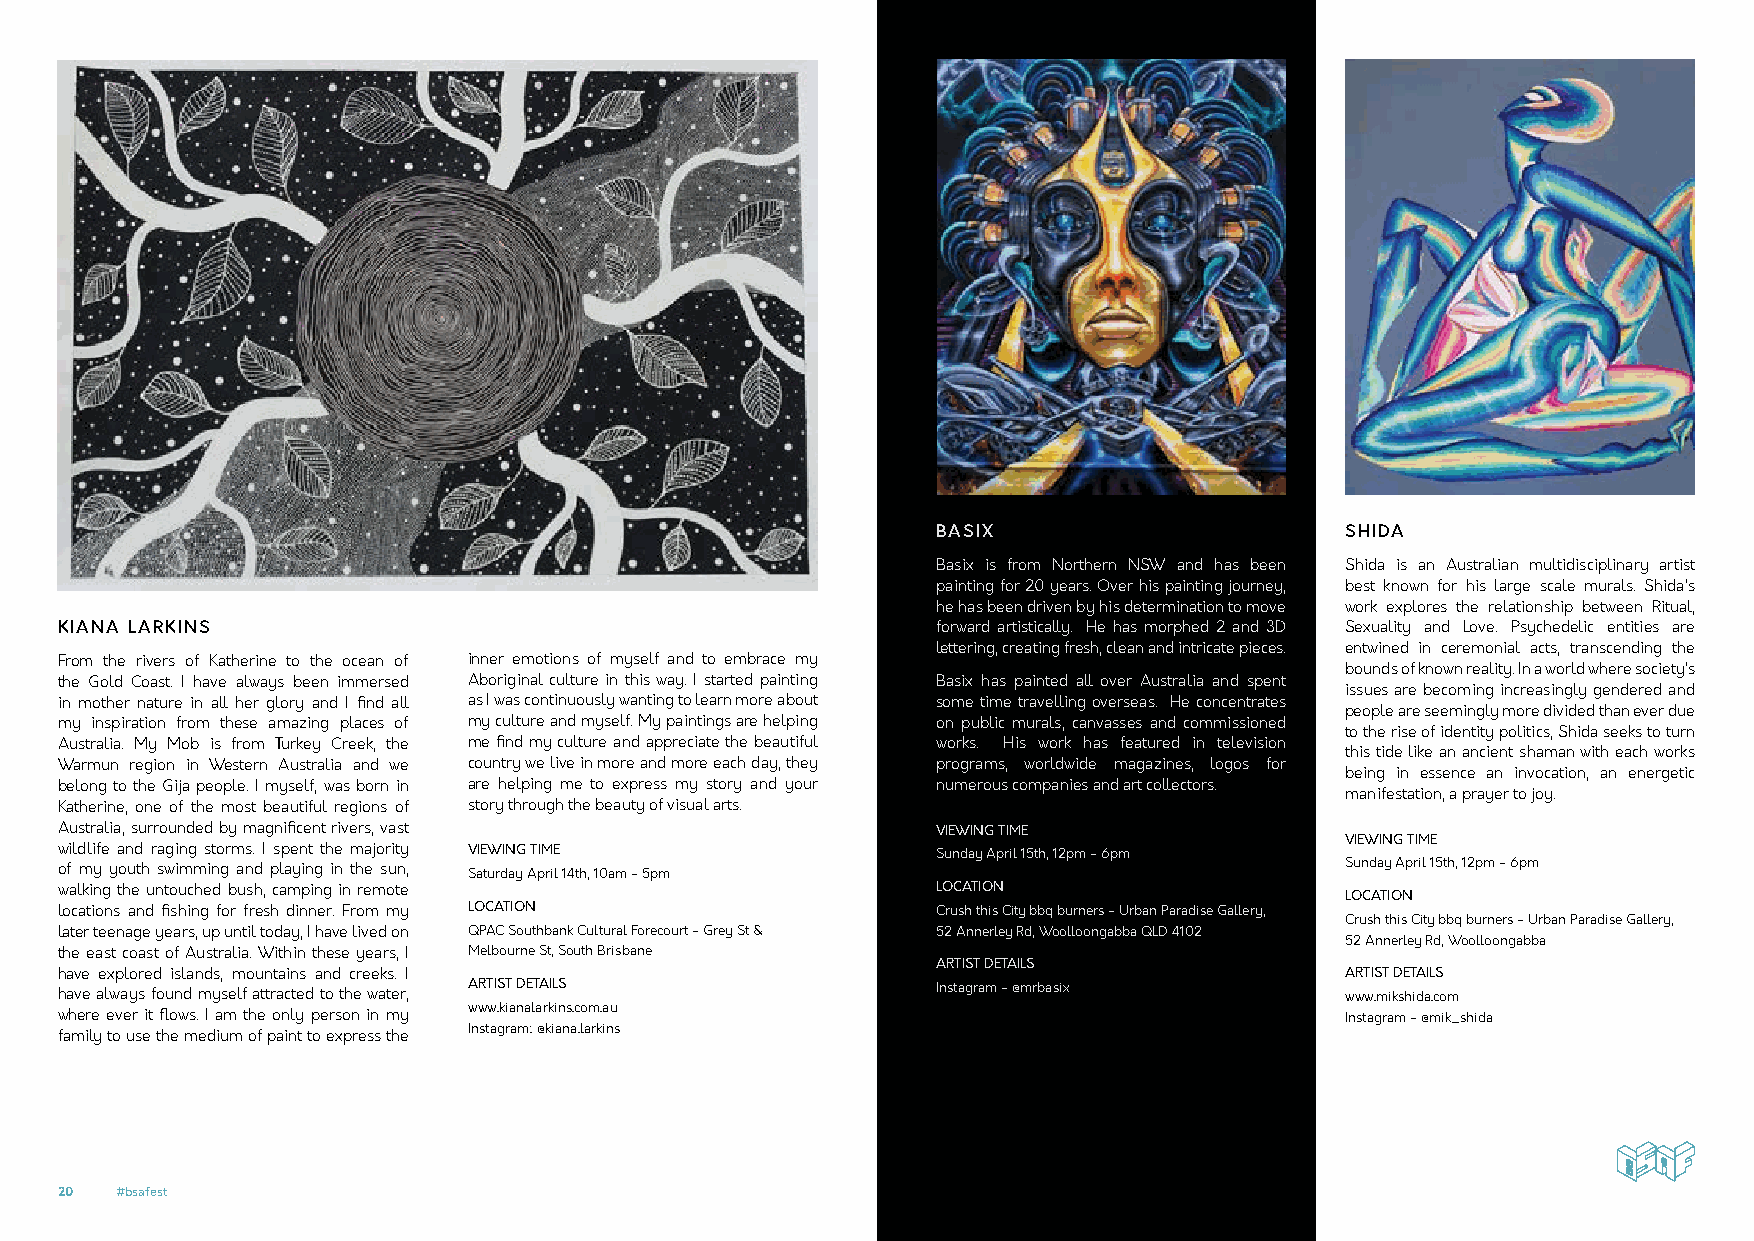
BASIX                      SHIDA
 Basix is from Northern NSW and has been Shida is an Australian multidisciplinary artist
 painting for 20 years. Over his painting journey, best known for his large scale murals. Shida’s
 he has been driven by his determination to move work explores the relationship between Ritual,
 KIANA LARKINS                                             forward artistically. He has morphed 2 and 3D Sexuality and Love. Psychedelic entities are
 lettering, creating fresh, clean and intricate pieces. entwined in ceremonial acts, transcending the
 From the rivers of Katherine to the ocean of inner emotions of myself and to embrace my
 bounds of known reality. In a world where society’s
 the Gold Coast. I have always been immersed Aboriginal culture in this way. I started painting Basix has painted all over Australia and spent
 issues are becoming increasingly gendered and
 in mother nature in all her glory and I find all as I was continuously wanting to learn more about some time travelling overseas. He concentrates
 people are seemingly more divided than ever due
 my inspiration from these amazing places of my culture and myself. My paintings are helping on public murals, canvasses and commissioned
 to the rise of identity politics, Shida seeks to turn
 Australia. My Mob is from Turkey Creek, the me find my culture and appreciate the beautiful works. His work has featured in television
 this tide like an ancient shaman with each works
 Warmun region in Western Australia and we country we live in more and more each day, they programs, worldwide magazines, logos for
 being in essence an invocation, an energetic
 belong to the Gija people. I myself, was born in are helping me to express my story and your numerous companies and art collectors.
 manifestation, a prayer to joy.
 Katherine, one of the most beautiful regions of story through the beauty of visual arts.
 Australia, surrounded by magnificent rivers, vast         VIEWING TIME
 VIEWING TIME
 wildlife and raging storms. I spent the majority VIEWING TIME Sunday April 15th, 12pm - 6pm
 of my youth swimming and playing in the sun, Saturday April 14th, 10am - 5pm         Sunday April 15th, 12pm - 6pm
 walking the untouched bush, camping in remote             LOCATION
 LOCATION
 locations and fishing for fresh dinner. From my LOCATION  Crush this City bbq burners - Urban Paradise Gallery,
 Crush this City bbq burners - Urban Paradise Gallery,
 later teenage years, up until today, I have lived on QPAC Southbank Cultural Forecourt - Grey St & 52 Annerley Rd, Woolloongabba QLD 4102
 52 Annerley Rd, Woolloongabba
 the east coast of Australia. Within these years, I Melbourne St, South Brisbane
 ARTIST DETAILS
 have explored islands, mountains and creeks. I                                       ARTIST DETAILS
 have always found myself attracted to the water, ARTIST DETAILS Instagram - @mrbasix www.mikshida.com
 www.kianalarkins.com.au
 where ever it flows. I am the only person in my                                      Instagram - @mik_shida
 Instagram: @kiana.larkins
 family to use the medium of paint to express the
 20  #bsafest